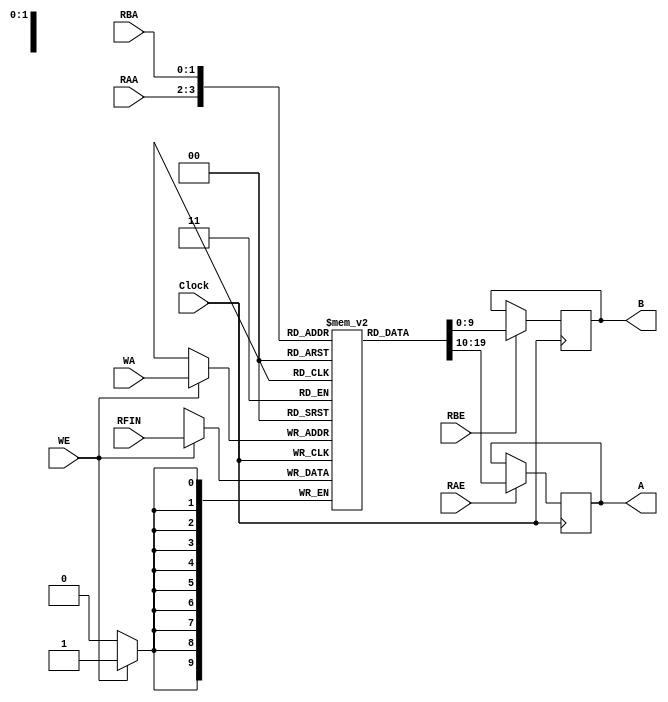
`timescale 1ns / 1ps
//////////////////////////////////////////////////////////////////////////////////
// Company: 
// Engineer: 
// 
// Design Name: 
// Module Name: RF
// Project Name: 
// Target Devices: 
// Tool Versions: 
// Description: 
// 
// Dependencies: 
// 
// Revision:
// Revision 0.01 - File Created
// Additional Comments:
// 
//////////////////////////////////////////////////////////////////////////////////


module RF #(
    parameter  REGISTER_LEN = 10
)
(
    input                           Clock   ,
    input [REGISTER_LEN-1:0]        RFIN    ,
    input                           WE      ,
    input [1:0]                     WA      ,
    input                           RAE     ,
    input [1:0]                     RAA     ,
    input                           RBE     ,
    input [1:0]                     RBA     ,
    output reg [REGISTER_LEN-1:0]   A       ,
    output reg [REGISTER_LEN-1:0]   B
    );

    reg [REGISTER_LEN - 1:0] register [3:0];

    always @ (posedge Clock) begin
        if(RAE)
            A <= register[RAA];
    end   

    always @ (posedge Clock) begin
        if(RBE)
            B <= register[RBA];
    end

    always @ (posedge Clock) begin
        if(WE)
            register[WA] <= RFIN;
    end

endmodule